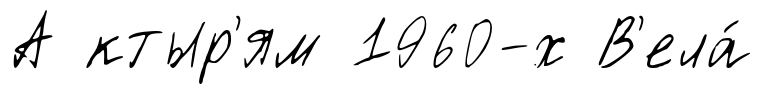
А ктыр'ям 1960-х В'ела́